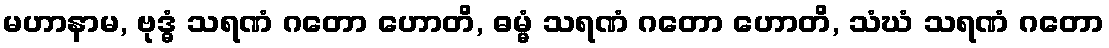
မဟာနာမ, ဗုဒ္ဓံ သရဏံ ဂတော ဟောတိ, ဓမ္မံ သရဏံ ဂတော ဟောတိ, သံဃံ သရဏံ ဂတော